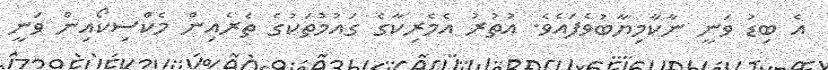
އެ ބިޑު ވަނީ ނާކާމިޔާބުވެފައެވެ. އުތުރު އެމެރިކާގެ ގައުމުތަކުގެ ތެރެއިން މެކްސިކޯއިން ވަނީ